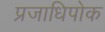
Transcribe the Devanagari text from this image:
प्रजाधिपोक